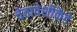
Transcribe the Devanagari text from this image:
चेतापेशीकेडे